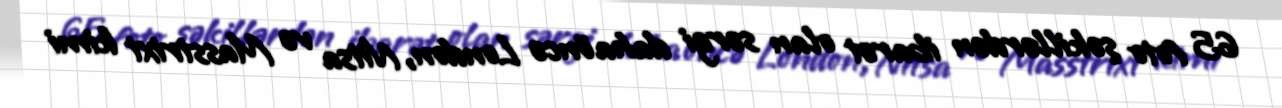
65 foto şəkillərdən ibarət olan sərgi daha öncə London, Nitsa və Masstrixt kimi